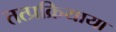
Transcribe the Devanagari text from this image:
तत्प्रक्रियाया